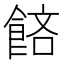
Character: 𬲔